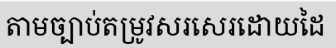
តាមច្បាប់តម្រូវសរសេរដោយដៃ